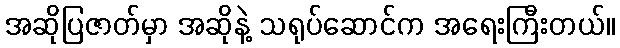
အဆိုပြဇာတ်မှာ အဆိုနဲ့ သရုပ်ဆောင်က အရေးကြီးတယ်။